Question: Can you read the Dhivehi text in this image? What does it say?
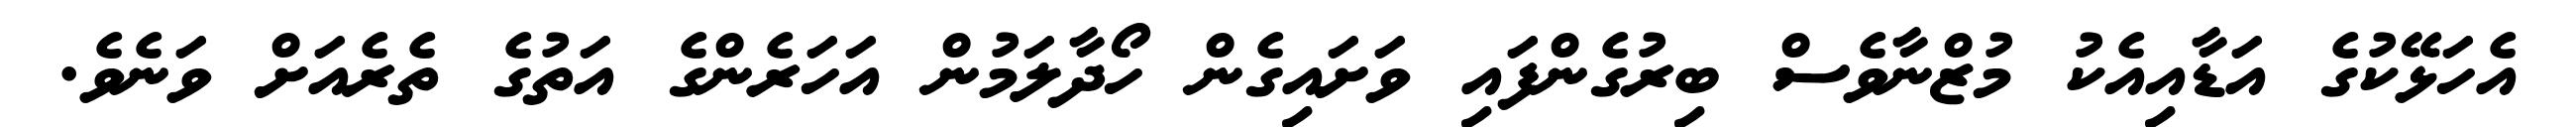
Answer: އެހަޅޭކުގެ އަޑާއިއެކު މުޒްނާވެސް ބިރުގެންފައި ވަށައިގެން ހޯދާލަމުން އަހަރެންގެ އަތުގެ ތެރެއަށް ވަނެވެ.